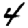
Digit: 4